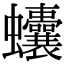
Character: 𧖒